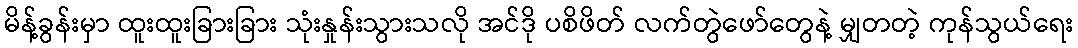
မိန့်ခွန်းမှာ ထူးထူးခြားခြား သုံးနှုန်းသွားသလို အင်ဒို ပစိဖိတ် လက်တွဲဖော်တွေနဲ့ မျှတတဲ့ ကုန်သွယ်ရေး